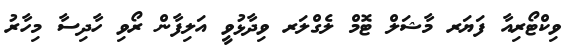
ވިކްޓޯރިއާ ފަޔަރ މާޝަލް ޓޮމް ލެގްލަރ ވިދާޅުވީ އަލިފާން ރޯވި ހާދިސާ މިހާރު